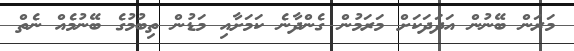
މަރަން ބޭނުން އަދަދަކަށް މަރަމުން ގެންދާނެ ކަމަށާއި މަޑުން ތިބުމުގެ ބޭނުމެއް ނެތް